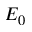
E _ { 0 }